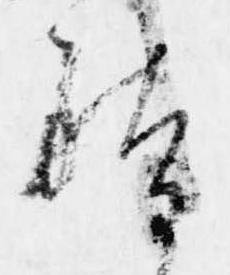
躰